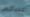
عددكم